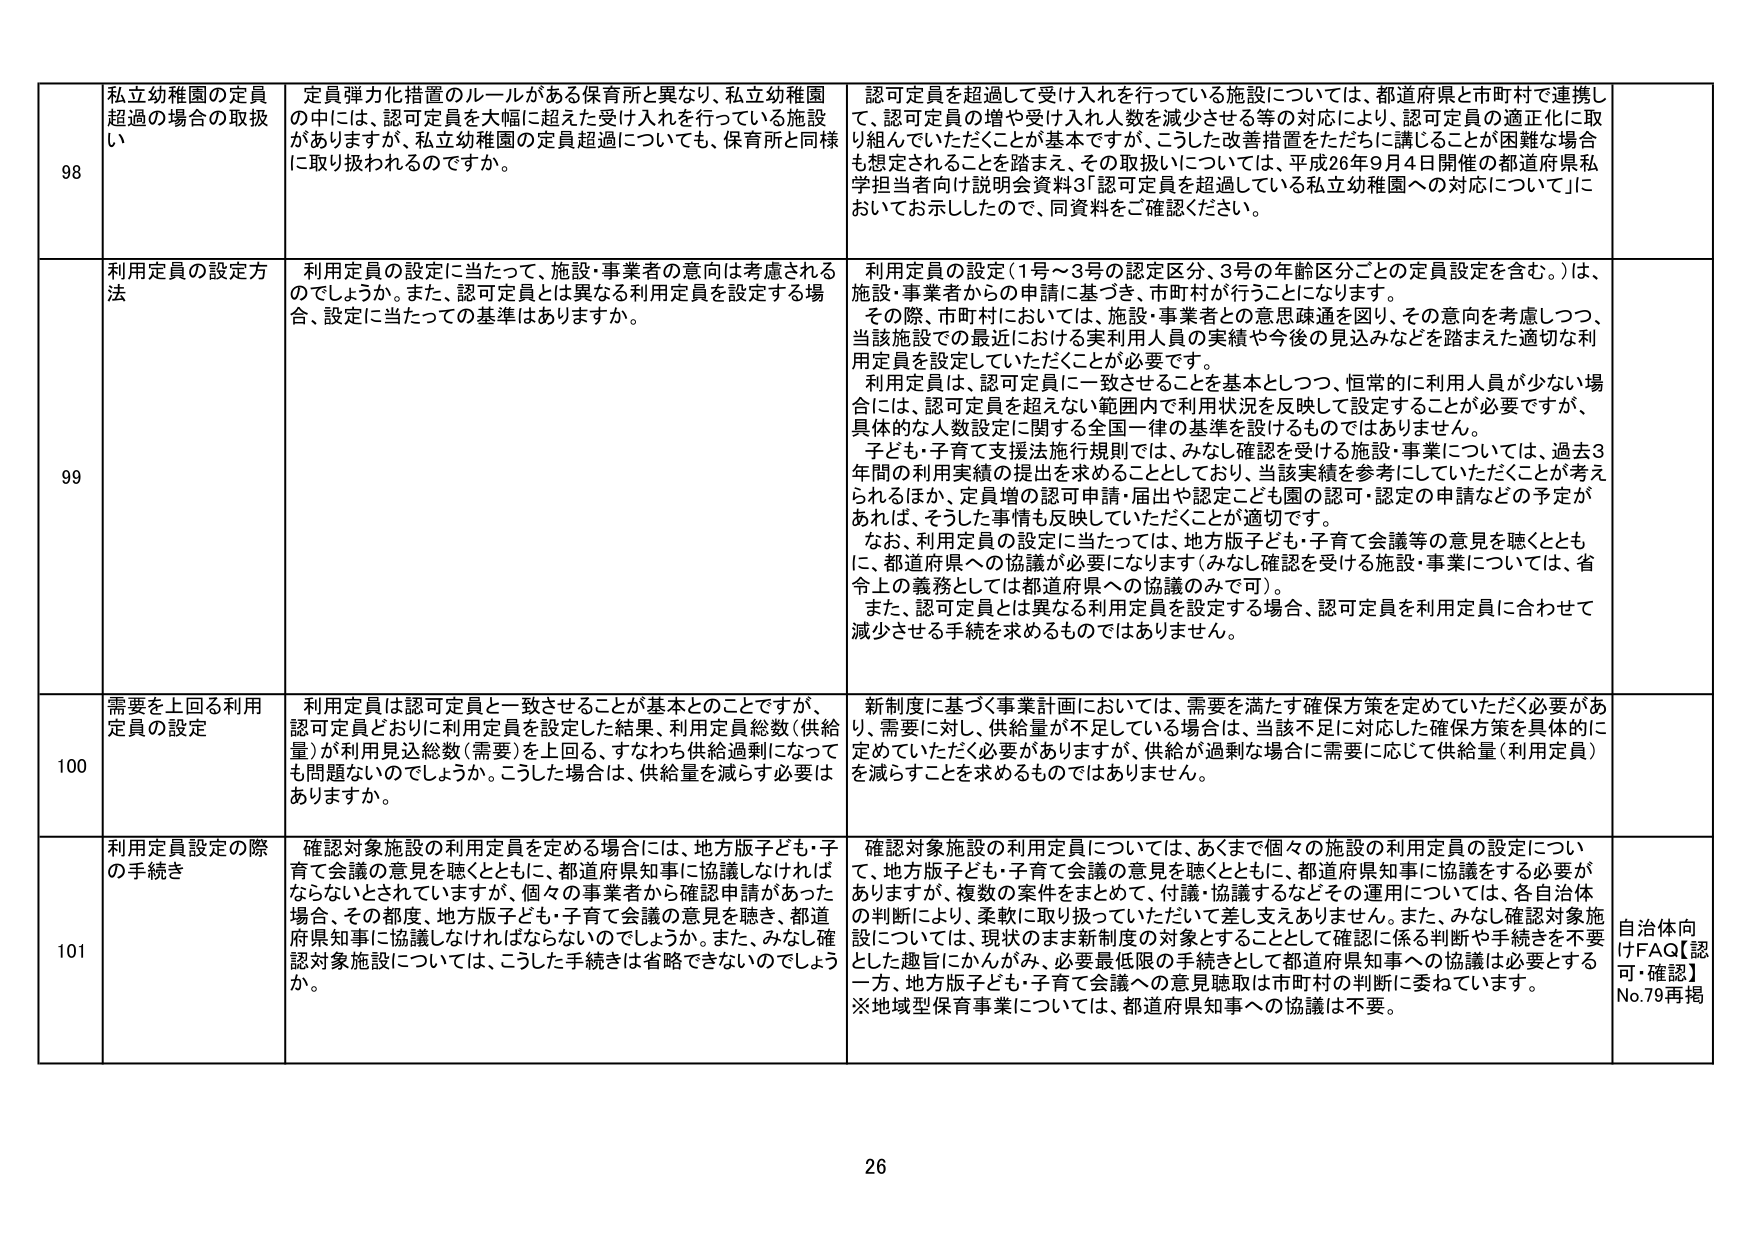
98 私立幼稚園の定員超過の場合の取扱い
定員弾力化措置のルールがある保育所と異なり、私立幼稚園の中には、認可定員を大幅に超えた受け入れを行っている施設がありますが、私立幼稚園の定員超過についても、保育所と同様に取り扱われるのですか。
認可定員を超過して受け入れを行っている施設については、都道府県と市町村で連携して、認可定員の増や受け入れ人数を減少させる等の対応により、認可定員の適正化に取り組んでいただくことが基本ですが、こうした改善措置をただちに講じることが困難な場合も想定されることが踏まえ、その取扱いについては、平成26年9月4日開催の都道府県私学担当者向け説明会資料3「認可定員を超過している私立幼稚園への対応について」においてお示ししたので、同資料をご確認ください。

99 利用定員の設定方法
利用定員の設定に当たって、施設・事業者の意向は考慮されるのでしょうか。また、認可定員とは異なる利用定員を設定する場合、設定に当たっての基準はありますか。
利用定員の設定（1号～3号の認定区分、3号の年齢区分ごとの定員設定を含む。）は、施設・事業者からの申請に基づき、市町村が行うことになります。
その際、市町村においては、施設・事業者との意思疎通を図り、その意向を考慮しつつ、当該施設での最近における実利用人員の実績や今後の見込みなどを踏まえた適切な利用定員を設定していただくことが必要です。
利用定員は、認可定員に一致させることを基本としつつ、恒常的に利用人員が少ない場合には、認可定員を超えない範囲内で利用状況を反映して設定することが必要ですが、具体的な人数設定に関する全国一律の基準を設けるものではありません。
子ども・子育て支援法施行規則では、みなし確認を受ける施設・事業については、過去3年間の利用実績の提出を求めることとしており、当該実績を参考にしていただくことが考えられるほか、定員増の認可申請・届出や認定こども園の認可・認定の申請などの予定があれば、そうした事情も反映していただくことが適切です。
なお、利用定員の設定に当たっては、地方版子ども・子育て会議等の意見を聴くとともに、都道府県への協議が必要になります（みなし確認を受ける施設・事業については、省令上の義務としては都道府県への協議のみで可）。
また、認可定員とは異なる利用定員を設定する場合、認可定員を利用定員に合わせて減少させる手続を求めるものではありません。

100 需要を上回る利用定員の設定
利用定員は認可定員と一致させることが基本とのことですが、認可定員どおりに利用定員を設定した結果、利用定員総数（供給量）が利用見込総数（需要）を上回る、すなわち供給過剰になっても問題ないでしょうか。こうした場合は、供給量を減らす必要はありますか。
新制度に基づく事業計画においては、需要を満たす確保方策を定めていただく必要があり、需要に対し、供給量が不足している場合は、当該不足に対応した確保方策を具体的に定めていただく必要がありますが、供給が過剰な場合に需要に応じて供給量（利用定員）を減らすことを求めるものではありません。

101 利用定員設定の際の手続き
確認対象施設の利用定員を定める場合には、地方版子ども・子育て会議の意見を聴くとともに、都道府県知事に協議しなければならないとされていますが、個々の事業者から確認申請があった場合、その都度、地方版子ども・子育て会議の意見を聴き、都道府県知事に協議しなければならないのでしょうか。また、みなし確認対象施設については、こうした手続きは省略できないのでしょうか。
確認対象施設の利用定員については、あくまで個々の施設の利用定員の設定について、地方版子ども・子育て会議の意見を聴くとともに、都道府県知事に協議する必要がありますが、複数の案件をまとめて、付議・協議するなどその運用については、各自治体の判断により、柔軟に取り扱っていただいて差し支えありません。また、みなし確認対象施設については、現状のまま新制度の対象とすることとして確認に係る判断や手続きを不要とした趣旨にかんがみ、必要最低限の手続きとして都道府県知事への協議は必要とする一方、地方版子ども・子育て会議への意見聴取は市町村の判断に委ねています。
※地域型保育事業については、都道府県知事への協議は不要。
自治体向けFAQ【認可・確認】No.79再掲

26